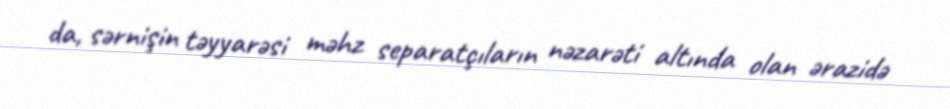
da, sərnişin təyyarəsi məhz separatçıların nəzarəti altında olan ərazidə